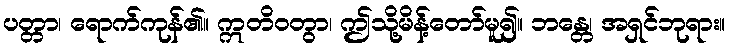
ပတ္တာ၊ ရောက်ကုန်၏။ ဣတိဝတွာ၊ ဤသို့မိန့်တော်မူ၍။ ဘန္တေ၊ အရှင်ဘုရား။